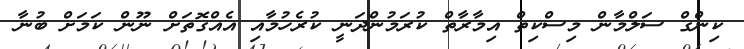
ކިންގް ސަލްމާން މިސްކިތް އިމާރާތް ކުރަމުންދަނީ ކުރެހުމާއި އެއްގޮތަަށް ނޫން ކަމަށް ބުނާ